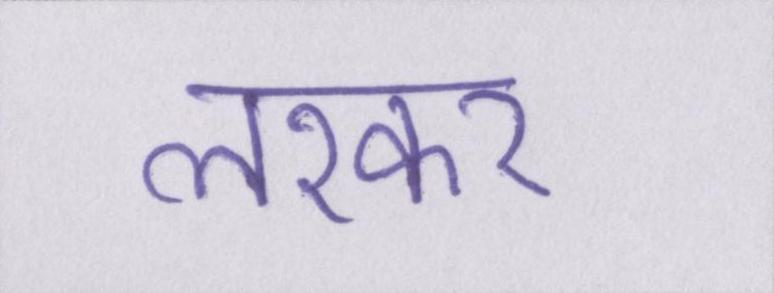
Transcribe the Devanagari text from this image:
लश्कर